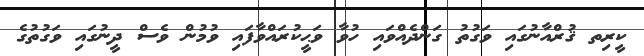
ކީރިތ ޤުރްއާނުގައި ވަގުތު ގަންދެއްވައި ހުވާ ވަޙީކުރައްވާފައި ވުމުން ވެސް ދީނުގައި ވަގުތުގެ